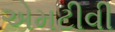
એમટીવી